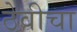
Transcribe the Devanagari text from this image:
ठेवीचा